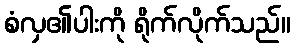
စံလှ၏ပါးကို ရိုက်လိုက်သည်။